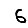
Digit: 6